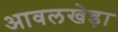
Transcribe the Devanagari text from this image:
आवलखेड़ा